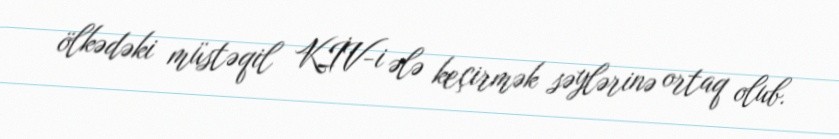
ölkədəki müstəqil KİV-i ələ keçirmək səylərinə ortaq olub.